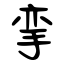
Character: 挛